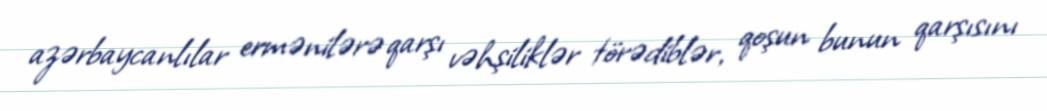
azərbaycanlılar ermənilərə qarşı vəhşiliklər törədiblər, qoşun bunun qarşısını